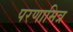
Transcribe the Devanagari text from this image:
परणामित्र